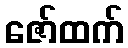
ဇော်ထက်